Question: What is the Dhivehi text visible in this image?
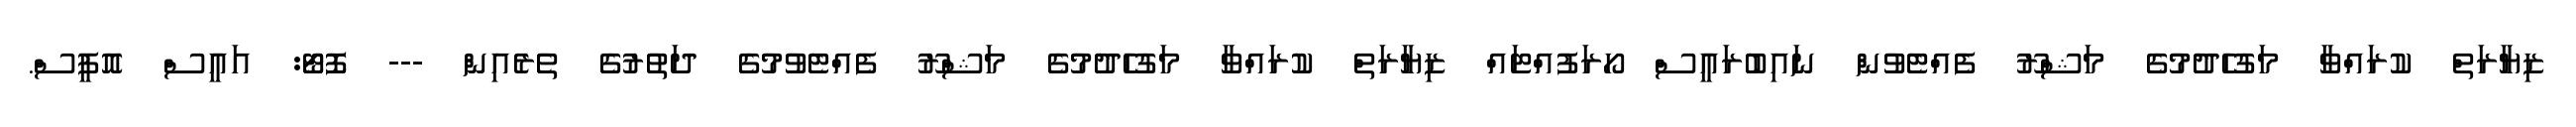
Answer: ޒިޔާރަތް ކުރައްވާ މަގުހެދުމުގެ މަޝްރޫ ފެއްޓެވުން ނައިބުރައީސް ހޯރަފުއްޓައް ޒިޔާރަތް ކުރައްވާ މަގުހެދުމުގެ މަޝްރޫ ފެއްޓެވުމުގެ ދަތުރުގެ ތެރެއިން --- ފޮޓޯ: އައީސް އޮފީސް.